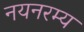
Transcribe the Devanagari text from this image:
नयनरम्‍य